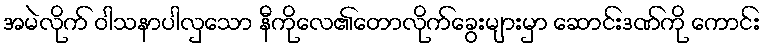
အမဲလိုက် ဝါသနာပါလှသော နီကိုလေ၏တောလိုက်ခွေးများမှာ ဆောင်းဒဏ်ကို ကောင်း